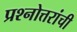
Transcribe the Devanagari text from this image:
प्रश्नोत्तरांची